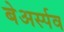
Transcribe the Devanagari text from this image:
बेअर्स्पव